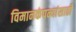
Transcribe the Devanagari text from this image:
विमानकंपन्यांसाठी